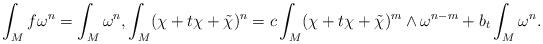
LaTeX: \begin{align*} \int_M f \omega^n = \int_M \omega^n, \int_M (\chi + t\chi + \tilde \chi )^n = c\int_M (\chi + t\chi + \tilde \chi )^m \wedge \omega^{n - m} + b_t \int_M \omega^n .\end{align*}